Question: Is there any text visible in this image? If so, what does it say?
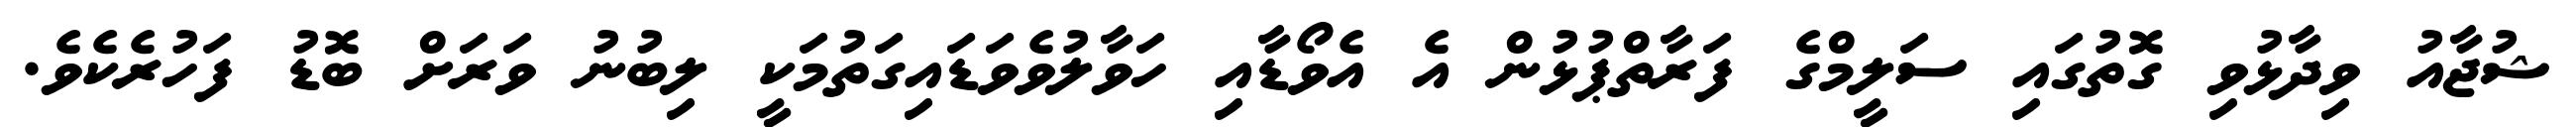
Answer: ޝުޖާއު ވިދާޅުވި ގޮތުގައި ސަލީމްގެ ފަރާތްޕުޅުން އެ އެވޯޑާއި ހަވާލުވެވަޑައިގަތުމަކީ ލިބުނު ވަރަށް ބޮޑު ފަހުރެކެވެ.